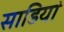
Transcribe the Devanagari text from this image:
साडियां